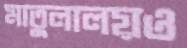
মাতুলালয়ও